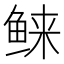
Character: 𱇭